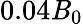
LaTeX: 0.04\mathit{B}_{0}